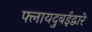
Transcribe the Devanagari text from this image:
फ्लायदुबईद्वारे